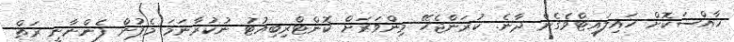
ޚާއްސަކޮށް ހައިލައިޓްވެގެން ދާނެ. ކުރަންޖެހޭ މިންވަރަށް ކޮންޓްރިބިއުޓު ނުކުރާނަމަ މެޕުން ފެންނާނީ ރަތް